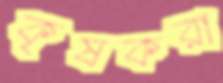
কৃষকরা